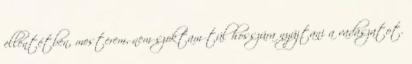
ellentétben, mesterem, nem szoktam túl hosszúra nyújtani a vadászatot.